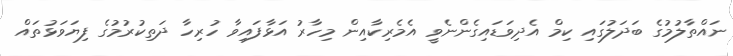
ނައްތާލުމުގެ ބަދަލުގައި ކިމް އެދިވަޑައިގެންނެވީ އެމެރިކާއިން މިހާރު އަޅާފައިވާ ހުރިހާ ދަތިކުރުމުގެ ފިޔަވަޅުތައް